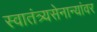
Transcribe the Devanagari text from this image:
स्वातंत्र्यसेनान्यांवर